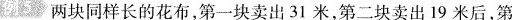
例5两块同样长的花布，第一块卖出31米，第二块卖出19米后，第